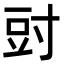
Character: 𭔰